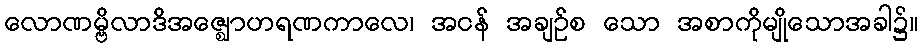
လောဏမ္ဗိလာဒိအဇ္ဈောဟရဏကာလေ၊ အငန် အချဉ်စ သော အစာကိုမျိုသောအခါ၌။